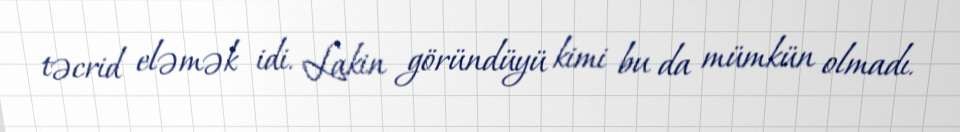
təcrid eləmək idi. Lakin göründüyü kimi bu da mümkün olmadı.